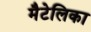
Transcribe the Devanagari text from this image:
मैटेलिका